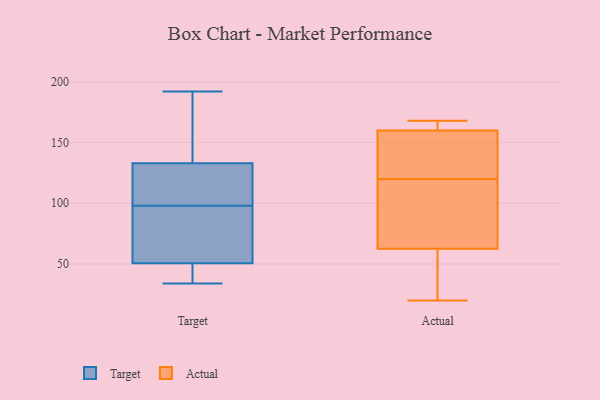
{"axis": {"x": "Population (Million)", "y": "Value"}, "legend": ["Actual", "Target"], "data": [{"x": "", "y": 170, "type": "Target"}, {"x": "", "y": 192, "type": "Target"}, {"x": "", "y": 94, "type": "Target"}, {"x": "", "y": 61, "type": "Target"}, {"x": "", "y": 134, "type": "Target"}, {"x": "", "y": 102, "type": "Target"}, {"x": "", "y": 39, "type": "Target"}, {"x": "", "y": 34, "type": "Target"}, {"x": "", "y": 119, "type": "Target"}, {"x": "", "y": 132, "type": "Target"}, {"x": "", "y": 40, "type": "Target"}, {"x": "", "y": 63, "type": "Target"}, {"x": "", "y": 89, "type": "Actual"}, {"x": "", "y": 116, "type": "Actual"}, {"x": "", "y": 67, "type": "Actual"}, {"x": "", "y": 20, "type": "Actual"}, {"x": "", "y": 147, "type": "Actual"}, {"x": "", "y": 160, "type": "Actual"}, {"x": "", "y": 167, "type": "Actual"}, {"x": "", "y": 120, "type": "Actual"}, {"x": "", "y": 49, "type": "Actual"}, {"x": "", "y": 168, "type": "Actual"}, {"x": "", "y": 160, "type": "Actual"}, {"x": "", "y": 141, "type": "Actual"}, {"x": "", "y": 45, "type": "Actual"}]}